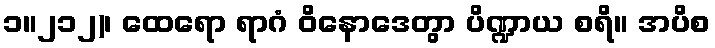
၁။၂၁၂)၊ ထေရော ရာဂံ ဝိနောဒေတွာ ပိဏ္ဍာယ စရိ။ အပိစ